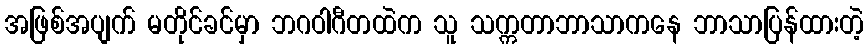
အဖြစ်အပျက် မတိုင်ခင်မှာ ဘဂဝါဂီတထဲက သူ သက္ကတာဘာသာကနေ ဘာသာပြန်ထားတဲ့